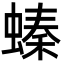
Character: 螓